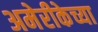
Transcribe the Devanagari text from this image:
अमेरीकेच्या